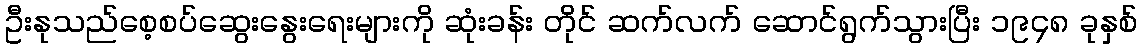
ဦးနုသည်စေ့စပ်ဆွေးနွေးရေးများကို ဆုံးခန်း တိုင် ဆက်လက် ဆောင်ရွက်သွားပြီး ၁၉၄၈ ခုနှစ်